Vaccine operations Central Provinces 1900-1911 - 1900-1911
Year: 1900
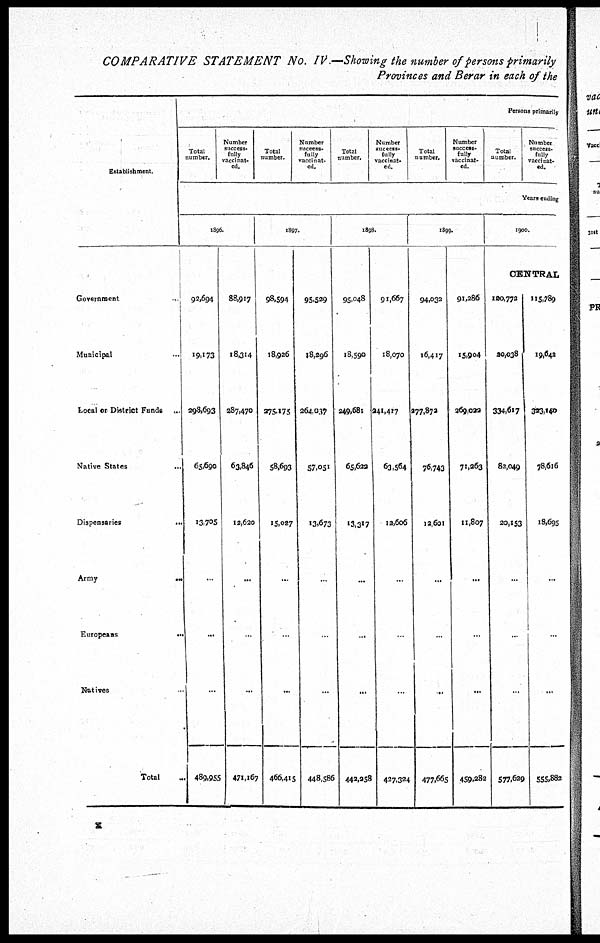
COMPARATIVE STATEMENT No. IV.—Showing the number of persons primarily
Provinces and Berar in each of the
Establishment.
Government
...
Municipal ...
Local or District Funds
...
Native States ...
Dispensaries
...
Army
...
Europeans
...
Natives ...
Total ...
Persons primarily
Total
number.
Number
success-
fully
vaccinat-
ed.
Total
number.
Number
success-
fully
vaccinat-
ed.
Total
number.
Number
success-
fully
vaccinat-
ed.
Total
number.
Number
success-
fully
vaccinat-
ed.
Total
number.
Number
success-
fully
vaccinat-
ed.
Years ending
1896.
92,694
19,173
298,693
65,690
13,705
...
...
...
489,955
88,917
18,314
287,470
63,846
12,620
...
...
...
471,167
1897.
98,594
18,926
275,175
58,693
15,027
...
...
...
466,415
95,529
18,296
264,037
57,051
13,673
...
...
...
448,586
1898.
95,048
18,590
249,681
65,622
13,317
...
...
...
442,258
91,667
18,070
241,417
63,564
12,606
...
...
...
427,324
1899.
94,032
16,417
277,872
76,743
12,601
...
...
...
477,665
91,286
15,904
269,022
71,263
11,807
...
...
...
459,282
1900.
CENTRAL
120,772
30,038
334,617
82,049
20,153
...
...
...
577,629
115,789
19,642
323,100
78,616
18,695
...
...
...
555,882
x